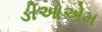
ડીઓએમ